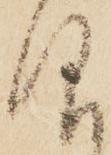
仰